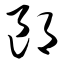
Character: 郎